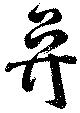
鼻